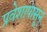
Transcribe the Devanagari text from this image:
प्रवेशापासून